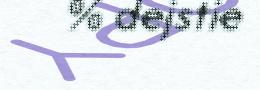
% dejstie